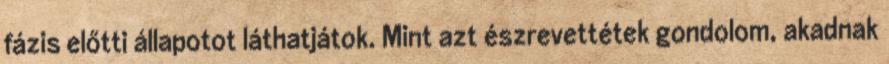
fázis előtti állapotot láthatjátok. Mint azt észrevettétek gondolom, akadnak